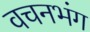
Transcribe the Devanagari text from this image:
वचनभंग